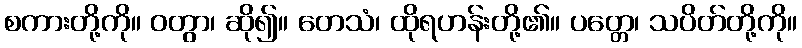
စကားတို့ကို။ ဝတွာ၊ ဆို၍။ တေသံ၊ ထိုရဟန်းတို့၏။ ပတ္တေ၊ သပိတ်တို့ကို။